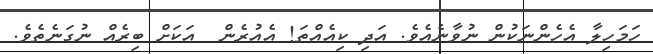
ހަމަހިލާ އެހެންނަކުން ނުވާނެއެވެ. އަދި ކިއެއްތަ! އެއުރެން  އަކަށް ބިރެއް ނުގަނެތެވެ.